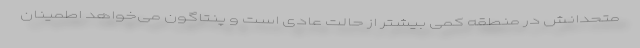
متحدانش در منطقه کمی بیشتر از حالت عادی است و پنتاگون می‌خواهد اطمینان